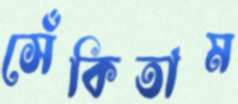
সেঁকিতাম